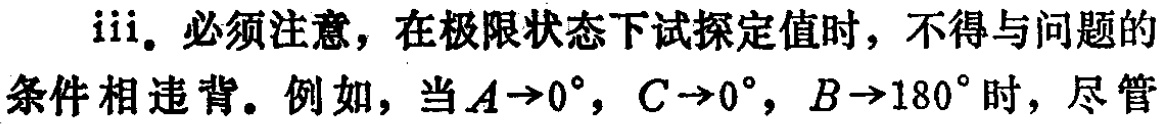
iii. 必须注意，在极限状态下试探定值时，不得与问题的条件相违背。例如，当\(A\rightarrow0^{\circ}\)，\(C\rightarrow0^{\circ}\)，\(B\rightarrow180^{\circ}\)时，尽管